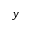
y